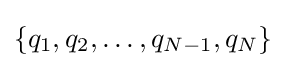
{\textstyle \{q_{1},q_{2},\ldots ,q_{N-1},q_{N}\}}